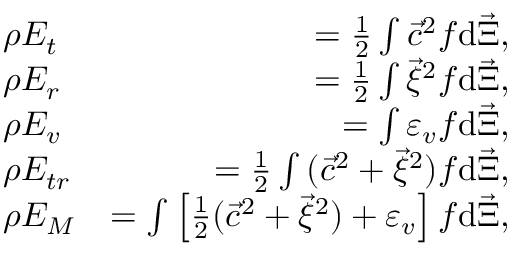
\begin{array} { r l r } & { \rho E _ { t } } & { = \frac { 1 } { 2 } \int { { \vec { c } } ^ { 2 } f \mathrm { d } { \vec { \Xi } } } , } \\ & { \rho E _ { r } } & { = \frac { 1 } { 2 } \int { { \vec { \xi } } ^ { 2 } f \mathrm { d } \vec { \Xi } } , } \\ & { \rho E _ { v } } & { = \int { \varepsilon _ { v } f \mathrm { d } \vec { \Xi } } , } \\ & { \rho E _ { t r } } & { = \frac { 1 } { 2 } \int { ( { \vec { c } } ^ { 2 } + { \vec { \xi } } ^ { 2 } ) f \mathrm { d } { \vec { \Xi } } } , } \\ & { \rho E _ { M } } & { = \int { \left[ \frac { 1 } { 2 } ( { \vec { c } } ^ { 2 } + \vec { \xi } ^ { 2 } ) + \varepsilon _ { v } \right] f \mathrm { d } \vec { \Xi } } , } \end{array}